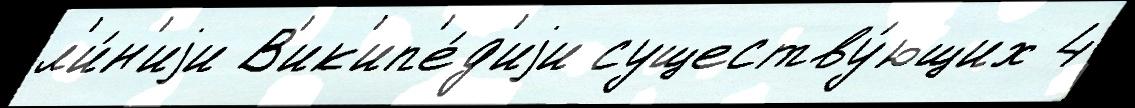
л'и́н'иjи В'ик'ип'е́д'иjи существу́ющих 4